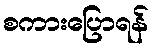
စကားပြောရန်